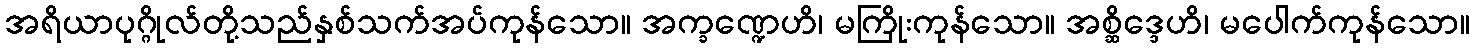
အရိယာပုဂ္ဂိုလ်တို့သည်နှစ်သက်အပ်ကုန်သော။ အက္ခဏ္ဍေဟိ၊ မကြိုးကုန်သော။ အစ္ဆိဒ္ဒေဟိ၊ မပေါက်ကုန်သော။